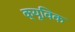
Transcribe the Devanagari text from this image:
क्यूविक